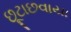
છૂટાછવાયા